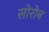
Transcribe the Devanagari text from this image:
सोरोन